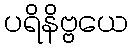
ပရိနိဗ္ဗယေ